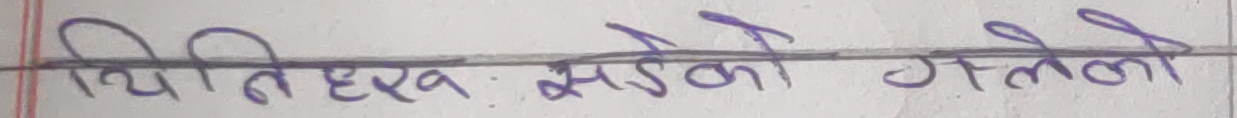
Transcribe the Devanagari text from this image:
धितिहरुः सडेको गल्तीको